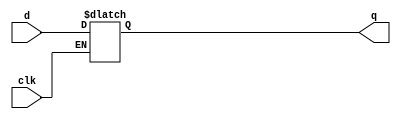
module D_latch(d,q,clk);
  input d,clk;
  output reg q;
  always @(clk,q)
    if(clk) q<=d;
endmodule